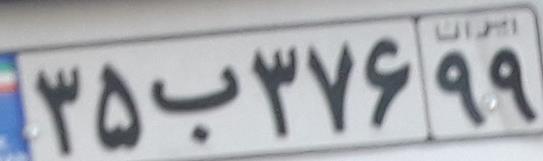
۳۵ب۳۷۶۹۹